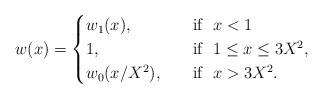
LaTeX: \begin{align*}w(x)=\begin{cases}w_1(x), &\ \ \textrm{ if } \ x<1\\ 1, &\ \ \textrm{ if } \ 1\le x\le 3X^2,\\ w_0(x/X^2), &\ \ \textrm{ if } \ x>3X^2.\end{cases}\end{align*}